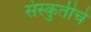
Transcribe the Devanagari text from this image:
संस्कुतीचे